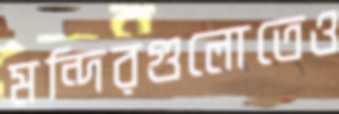
মন্দিরগুলোতেও